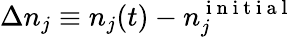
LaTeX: \Delta n_{j}\equiv n_{j}(t)-n_{j}^{\mathrm{~i~n~i~t~i~a~l~}}